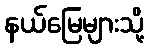
နယ်မြေများသို့